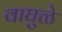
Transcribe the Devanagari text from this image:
वाघुळे